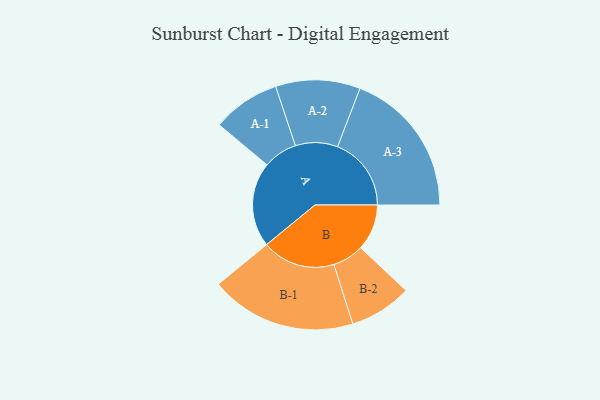
{"axis": {"x": "Segment", "y": "Value"}, "legend": ["", "A", "B"], "data": [{"x": "A", "y": 277, "type": ""}, {"x": "B", "y": 151, "type": ""}, {"x": "A-1", "y": 111, "type": "A"}, {"x": "A-2", "y": 138, "type": "A"}, {"x": "A-3", "y": 241, "type": "A"}, {"x": "B-1", "y": 239, "type": "B"}, {"x": "B-2", "y": 102, "type": "B"}]}